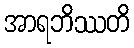
အာရဘိဿတိ